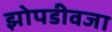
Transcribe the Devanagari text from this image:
झोपडीवजा